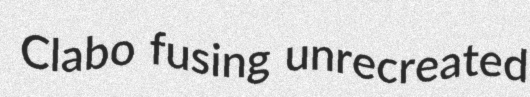
Clabo fusing unrecreated